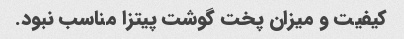
کیفیت و میزان پخت گوشت پیتزا مناسب نبود.